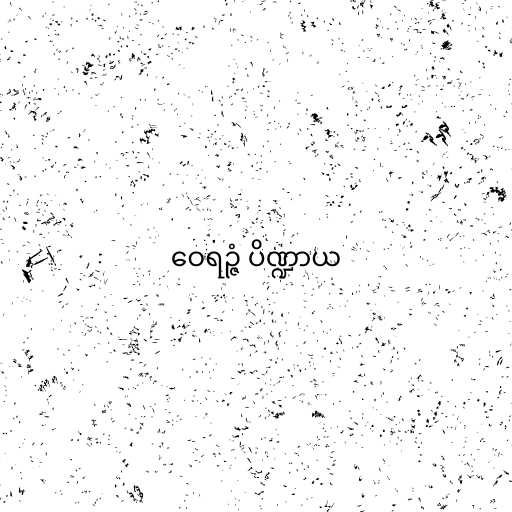
ဝေရဉ္ဇံ ပိဏ္ဍာယ